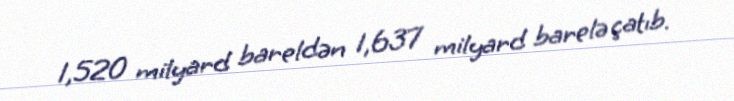
1,520 milyard bareldən 1,637 milyard barelə çatıb.